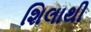
શિલાથી